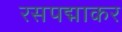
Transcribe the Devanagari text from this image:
रसपद्माकर